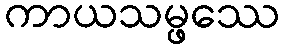
ကာယသမ္ဖဿေ